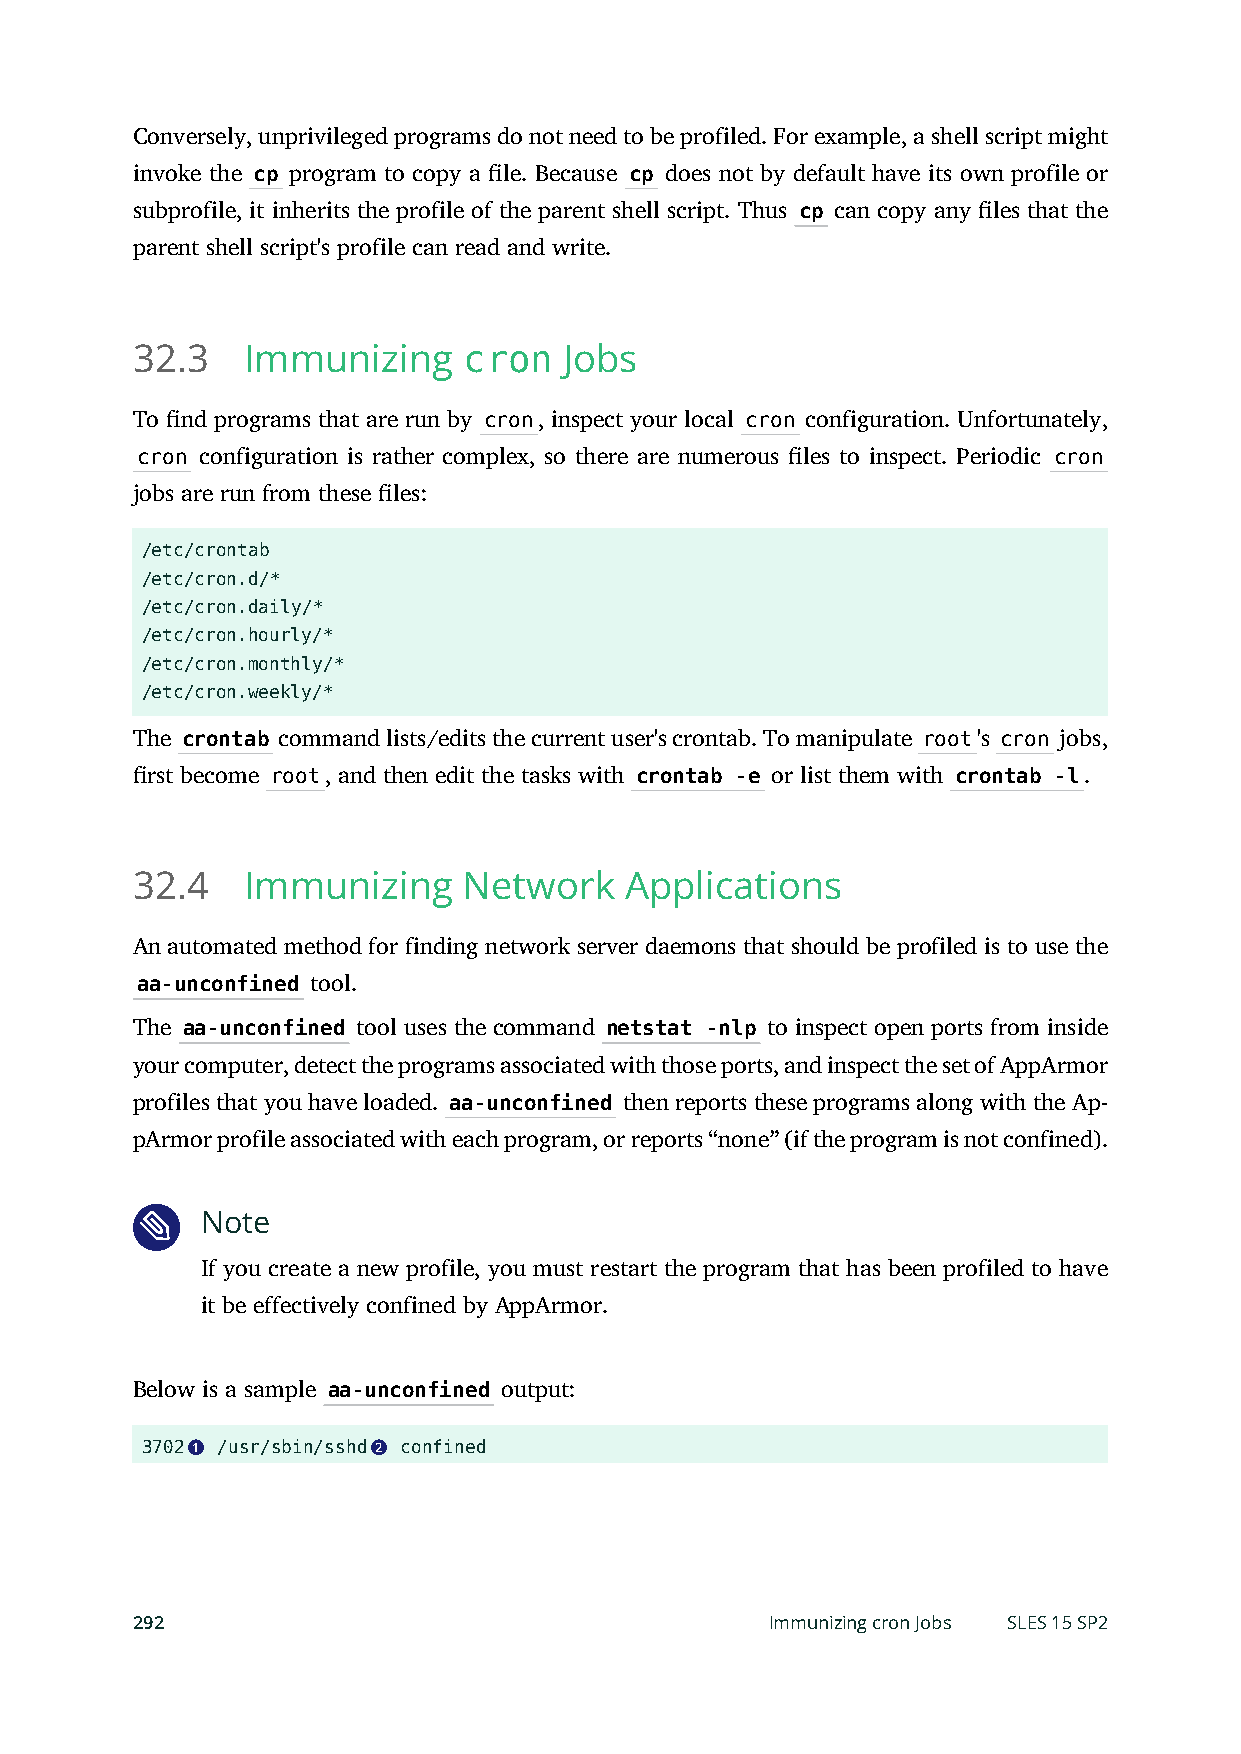
Conversely, unprivileged programs do not need to be profiled. For example, a shell script might
 invoke the cp program to copy a le. Because cp does not by default have its own profile or
 subprofile, it inherits the profile of the parent shell script. Thus cp can copy any les that the
 parent shell script's profile can read and write.
 32.3   Immunizing     cron  Jobs
 To nd programs that are run by cron, inspect your local cron configuration. Unfortunately,
 cron configuration is rather complex, so there are numerous les to inspect. Periodic cron
 jobs are run from these les:
 /etc/crontab
 /etc/cron.d/*
 /etc/cron.daily/*
 /etc/cron.hourly/*
 /etc/cron.monthly/*
 /etc/cron.weekly/*
 The crontab command lists/edits the current user's crontab. To manipulate root's cron jobs,
 rst become root, and then edit the tasks with crontab -e or list them with crontab -l.
 32.4   Immunizing     Network   Applications
 An automated method for finding network server daemons that should be profiled is to use the
 aa-unconfined tool.
 The aa-unconfined tool uses the command netstat -nlp to inspect open ports from inside
 your computer, detect the programs associated with those ports, and inspect the set of AppArmor
 profiles that you have loaded. aa-unconfined then reports these programs along with the Ap-
 pArmor profile associated with each program, or reports “none” (if the program is not confined).
 Note
 If you create a new profile, you must restart the program that has been profiled to have
 it be effectively confined by AppArmor.
 Below is a sample aa-unconfined output:
 3702 1 /usr/sbin/sshd 2 confined
 292                                       Immunizing cron Jobs SLES 15 SP2